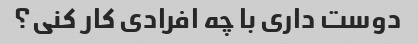
دوست داری با چه افرادی کار کنی؟